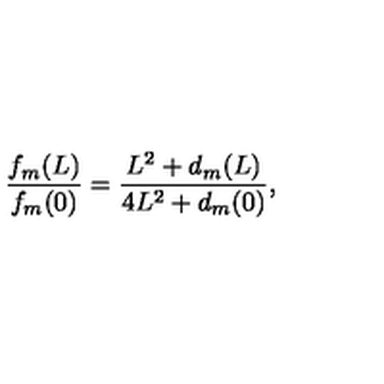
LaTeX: \frac { f _ { m } ( L ) } { f _ { m } ( 0 ) } = \frac { L ^ { 2 } + d _ { m } ( L ) } { 4 L ^ { 2 } + d _ { m } ( 0 ) } ,